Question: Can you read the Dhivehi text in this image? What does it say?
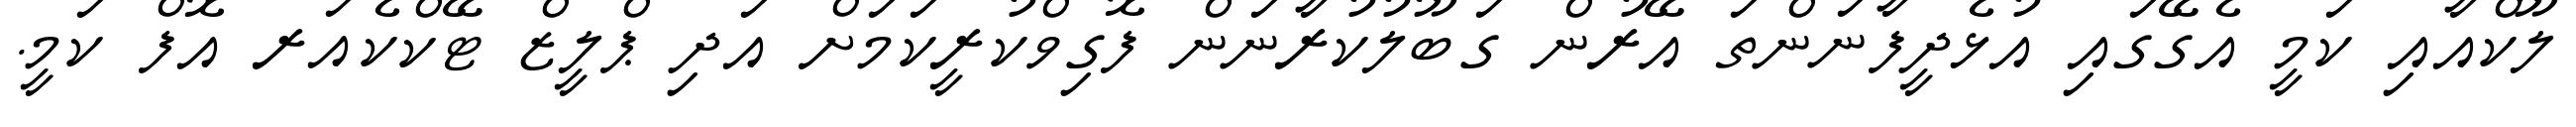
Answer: ލޫކްއާއި ކަމީ އެގޭގައި އުޅެދީފާނަންތަ އޭރުން ގަބޫލުކުރާނަން ފޮގިވްކުރީކަމަށް އަދި ޕްލީޒް ޓޭކްކެއަރ އޮފް ކަމީ.